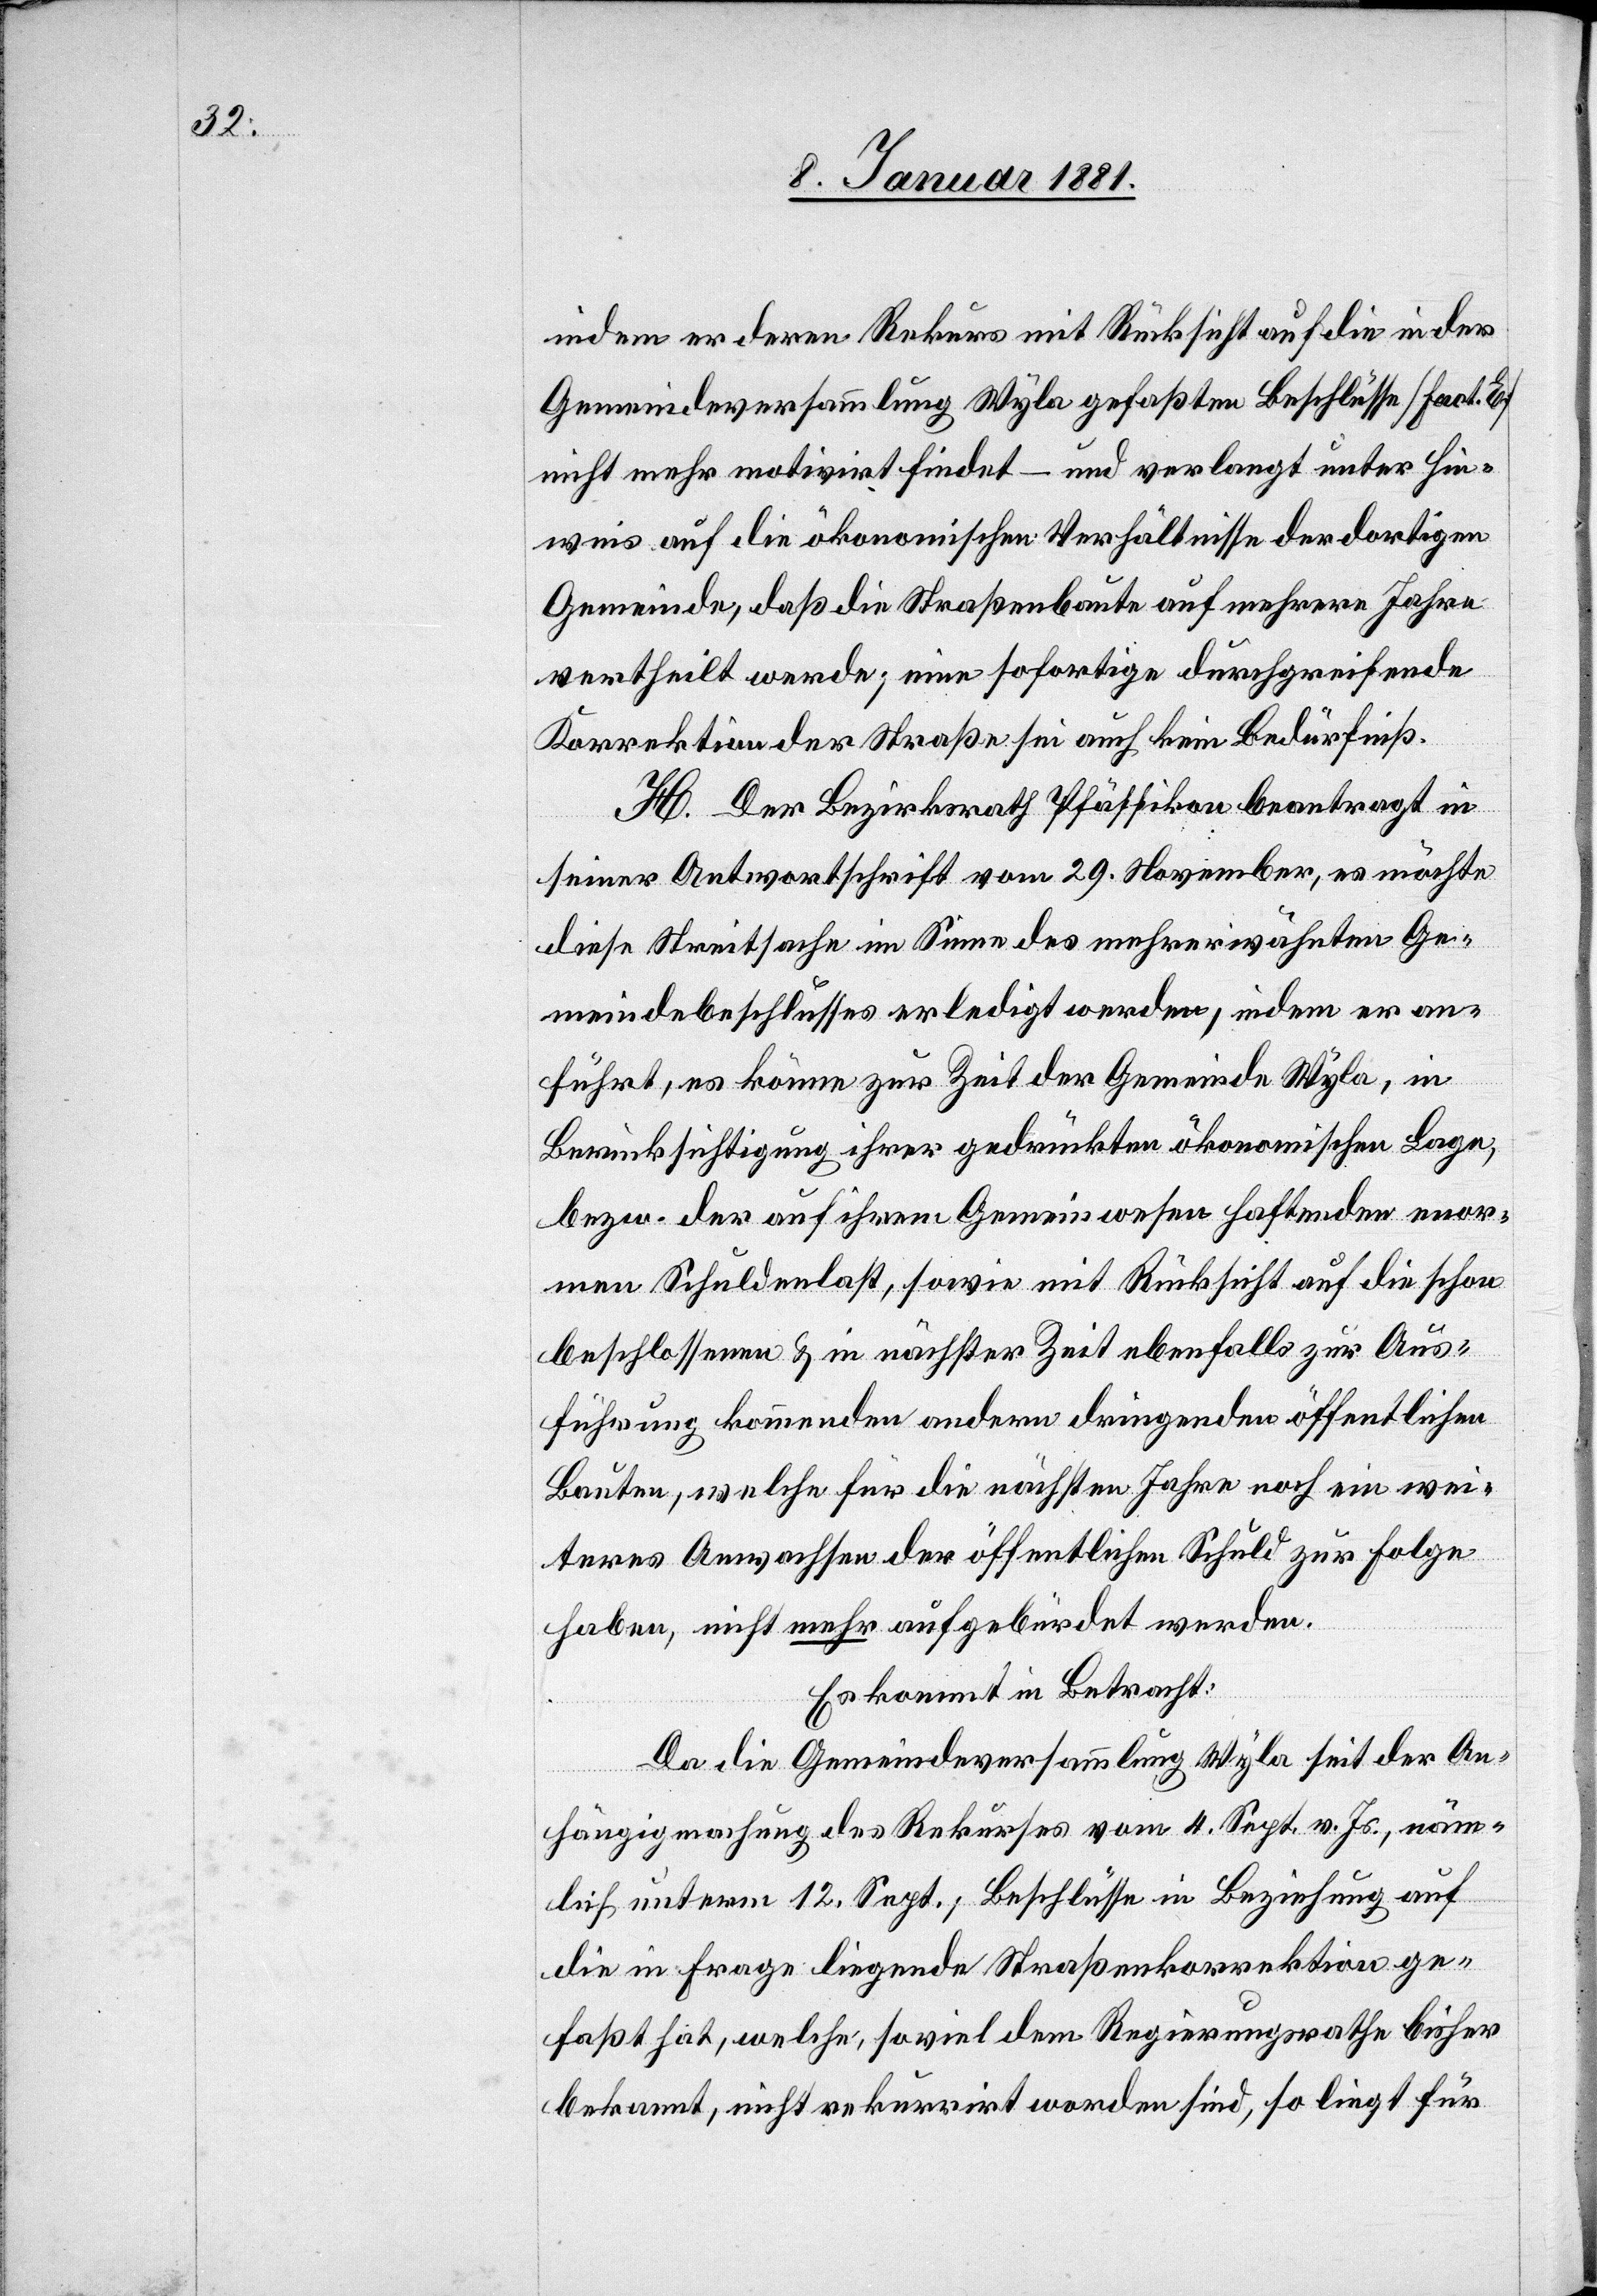
indem er deren Rekurs mit Rücksicht auf die in der
Gemeindeversammlung Wyla gefaßten Beschlüsse [Fact. E]
nicht mehr motivirt findet – und verlangt unter Hin¬
weis auf die ökonomischen Verhältnisse der dortigen
Gemeinde, daß die Straßenbaute auf mehrere Jahre
vertheilt werde; eine sofortige durchgreifende
Korrektion der Straße sei auch kein Bedürfniß.
H. Der Bezirksrath Pfäffikon beantragt in
seiner Antwortschrift vom 29. November, es möchte
diese Streitsache im Sinne des mehrerwähnten Ge¬
meindebeschlusses erledigt werden, indem er an¬
führt, es könne zur Zeit der Gemeinde Wyla, in
Berücksichtigung ihrer gedrückten ökonomischen Lage,
bezw. der auf ihrem Gemeinwesen haftenden enor¬
men Schuldenlast, sowie mit Rücksicht auf die schon
beschlossenen & in nächster Zeit ebenfalls zur Aus¬
führung kommenden andern dringenden öffentlichen
Bauten, welche für die nächsten Jahre noch ein wei¬
teres Anwachsen der öffentlichen Schuld zu Folge
haben, nicht mehr aufgebürdet werden.
Es kommt in Betracht:
Da die Gemeindeversammlung Wyla seit der An¬
hängigmachung des Rekurses vom 4. Sept. v. Js., näm¬
lich unterm 12. Sept.; Beschlüsse in Beziehung auf
die in Frage liegende Straßenkorrektion ge¬
faßt hat, welche, soviel dem Regierungsrathe bisher
bekannt, nicht rekurrirt worden sind, so liegt für